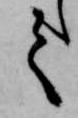
て